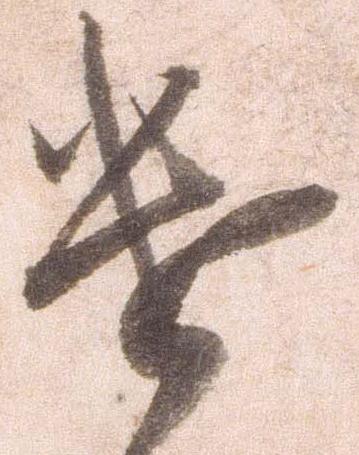
遣